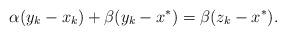
LaTeX: \begin{align*}\alpha (y_k-x_k)+\beta(y_k-x^*)=\beta(z_k-x^*).\end{align*}